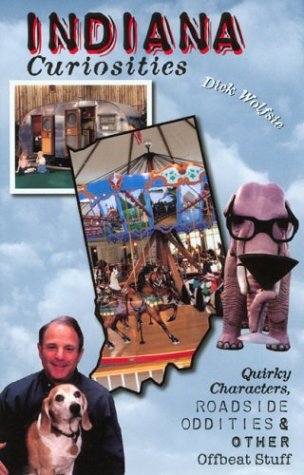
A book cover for Indiana Curiosities: Quirky Characters, Roadside Oddities, and Other Offbeat Stuff (Curiosities Series); Dick Wolfsie; Travel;